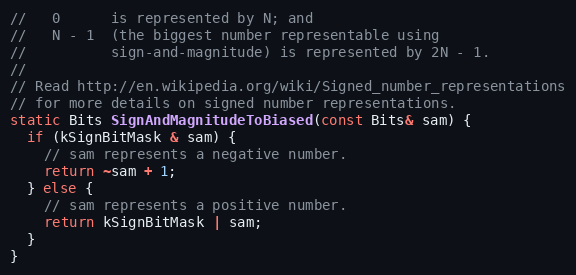
Language: C
//   0      is represented by N; and
//   N - 1  (the biggest number representable using
//          sign-and-magnitude) is represented by 2N - 1.
//
// Read http://en.wikipedia.org/wiki/Signed_number_representations
// for more details on signed number representations.
static Bits SignAndMagnitudeToBiased(const Bits& sam) {
  if (kSignBitMask & sam) {
    // sam represents a negative number.
    return ~sam + 1;
  } else {
    // sam represents a positive number.
    return kSignBitMask | sam;
  }
}